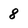
Character: 8